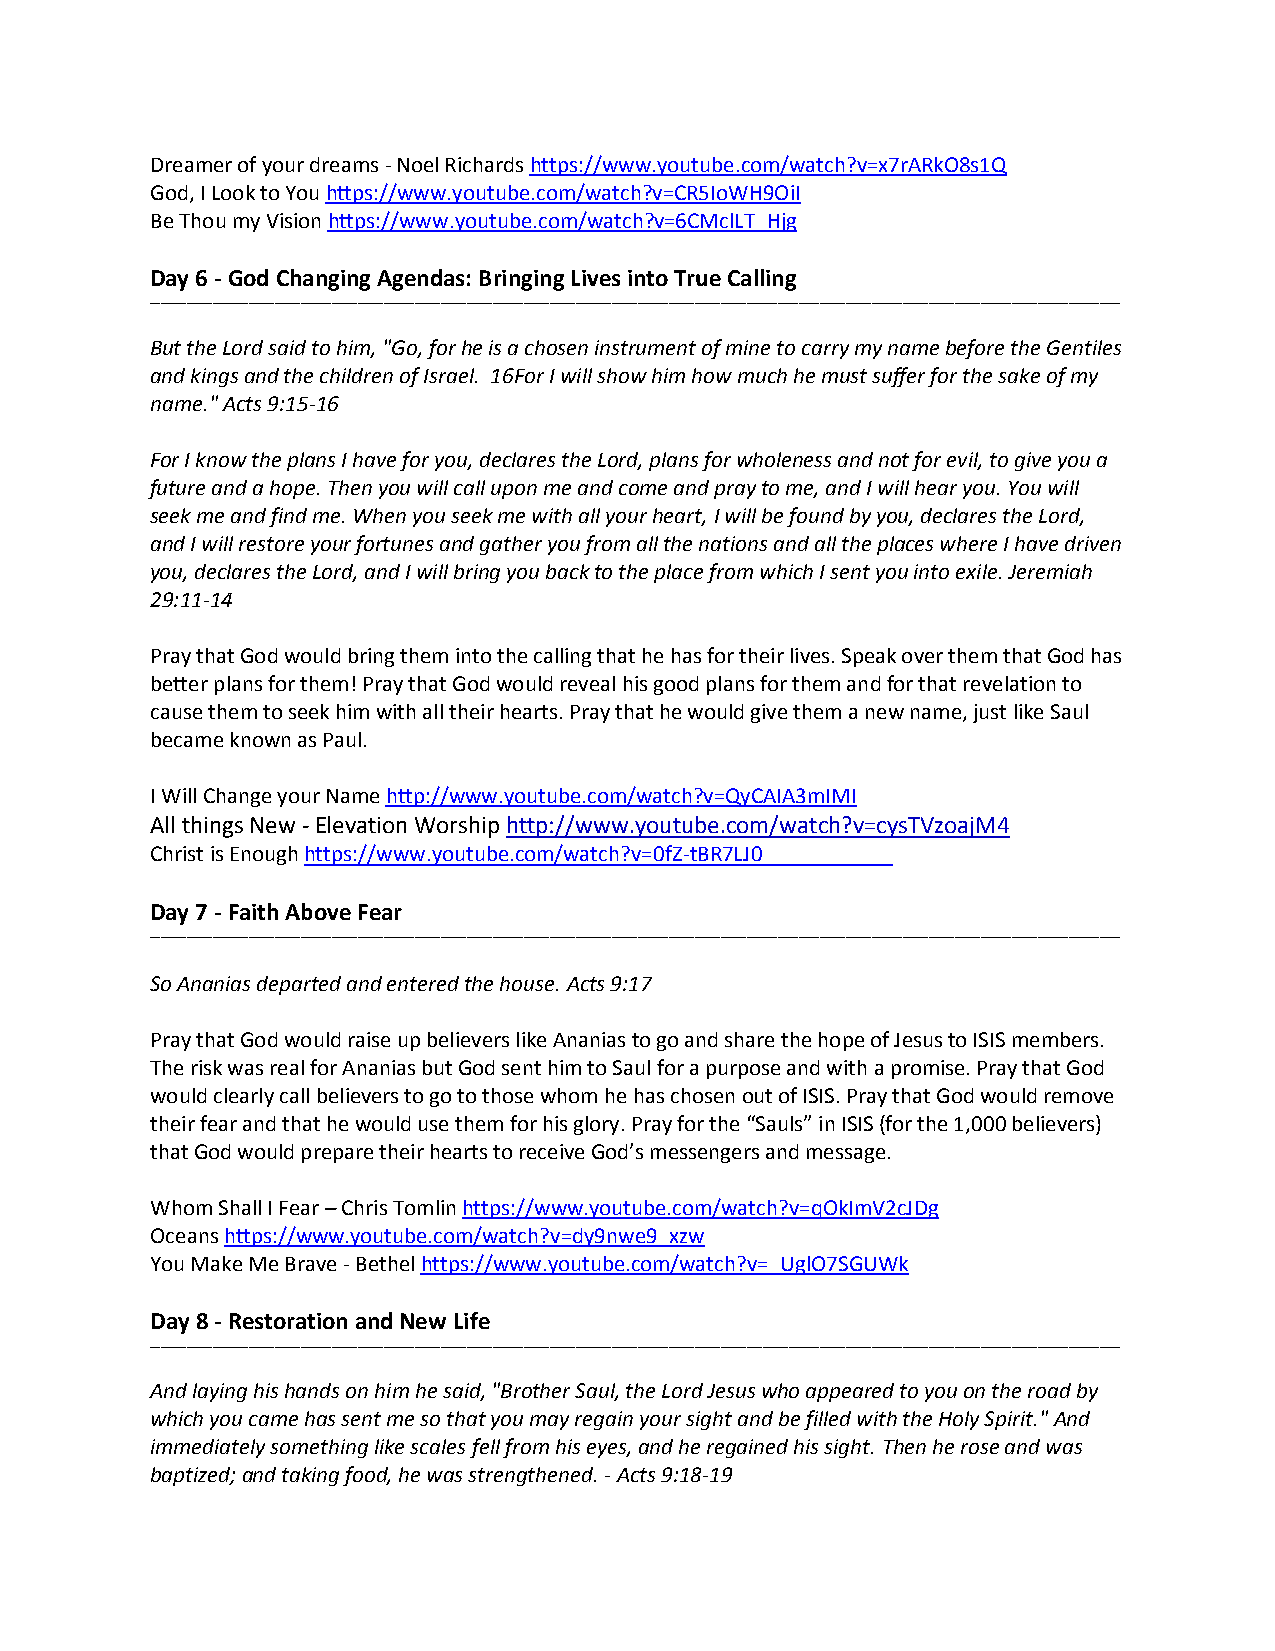
Dreamer of your dreams - Noel Richards https://www.youtube.com/watch?v=x7rARkO8s1Q
 God, I Look to You https://www.youtube.com/watch?v=CR5IoWH9OiI
 Be Thou my Vision https://www.youtube.com/watch?v=6CMclLT_Hjg
 Day 6 - God Changing Agendas: Bringing Lives into True Calling
 ___________________________________________________________________________________________________________________________________________________________________________________________
 But the Lord said to him, "Go, for he is a chosen instrument of mine to carry my name before the Gentiles
 and kings and the children of Israel. 16For I will show him how much he must suffer for the sake of my
 name." Acts 9:15-16
 For I know the plans I have for you, declares the Lord, plans for wholeness and not for evil, to give you a
 future and a hope. Then you will call upon me and come and pray to me, and I will hear you. You will
 seek me and find me. When you seek me with all your heart, I will be found by you, declares the Lord,
 and I will restore your fortunes and gather you from all the nations and all the places where I have driven
 you, declares the Lord, and I will bring you back to the place from which I sent you into exile. Jeremiah
 29:11-14
 Pray that God would bring them into the calling that he has for their lives. Speak over them that God has
 better plans for them! Pray that God would reveal his good plans for them and for that revelation to
 cause them to seek him with all their hearts. Pray that he would give them a new name, just like Saul
 became known as Paul.
 I Will Change your Name http://www.youtube.com/watch?v=QyCAIA3mIMI
 All things New - Elevation Worship http://www.youtube.com/watch?v=cysTVzoajM4
 Christ is Enough https://www.youtube.com/watch?v=0fZ-tBR7LJ0
 Day 7 - Faith Above Fear
 ___________________________________________________________________________________________________________________________________________________________________________________________
 So Ananias departed and entered the house. Acts 9:17
 Pray that God would raise up believers like Ananias to go and share the hope of Jesus to ISIS members.
 The risk was real for Ananias but God sent him to Saul for a purpose and with a promise. Pray that God
 would clearly call believers to go to those whom he has chosen out of ISIS. Pray that God would remove
 their fear and that he would use them for his glory. Pray for the “Sauls” in ISIS (for the 1,000 believers)
 that God would prepare their hearts to receive God’s messengers and message.
 Whom Shall I Fear – Chris Tomlin https://www.youtube.com/watch?v=qOkImV2cJDg
 Oceans https://www.youtube.com/watch?v=dy9nwe9_xzw
 You Make Me Brave - Bethel https://www.youtube.com/watch?v=_UglO7SGUWk
 Day 8 - Restoration and New Life
 ___________________________________________________________________________________________________________________________________________________________________________________________
 And laying his hands on him he said, "Brother Saul, the Lord Jesus who appeared to you on the road by
 which you came has sent me so that you may regain your sight and be filled with the Holy Spirit." And
 immediately something like scales fell from his eyes, and he regained his sight. Then he rose and was
 baptized; and taking food, he was strengthened. - Acts 9:18-19